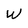
Character: w